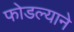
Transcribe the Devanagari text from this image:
फोडल्याने